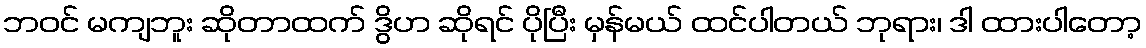
ဘဝင် မကျဘူး ဆိုတာထက် ဒွိဟ ဆိုရင် ပိုပြီး မှန်မယ် ထင်ပါတယ် ဘုရား၊ ဒါ ထားပါတော့